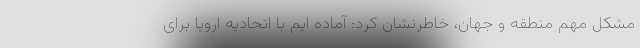
مشکل مهم منطقه و جهان، خاطرنشان کرد: آماده ایم با اتحادیه اروپا برای